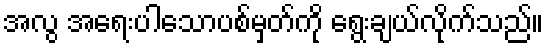
အလွ အရေးပါသောပစ်မှတ်ကို ရွေးချယ်လိုက်သည်။